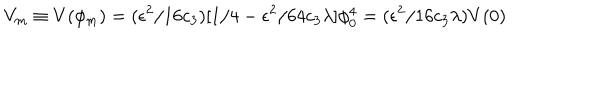
V _ { m } \equiv V ( \phi _ { m } ) = ( \epsilon ^ { 2 } / 1 6 c _ { 3 } ) [ 1 / 4 - \epsilon ^ { 2 } / 6 4 c _ { 3 } \lambda ] \phi _ { 0 } ^ { 4 } = ( \epsilon ^ { 2 } / 1 6 c _ { 3 } \lambda ) V ( 0 )